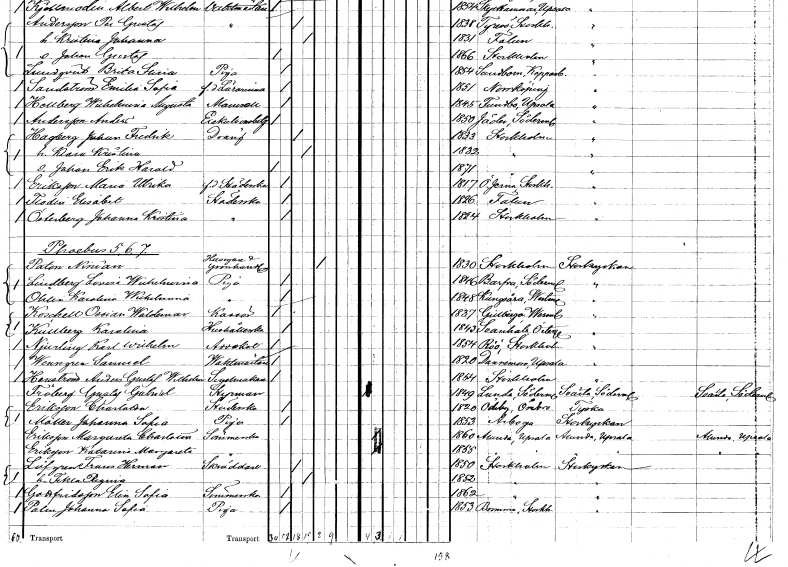
gt_parse: households: individuals: FN: Johan Fredrik
EN: Hagberg
YRKE: Dräng
KON: M
CIV: G
FODAR: 1833
FODFORS: Stockholm
FN: Klara Kristina
KON: K
CIV: G
FODAR: 1832
FODFORS: Stockholm
FN: Johan Erik Harald
KON: M
CIV: O
FODAR: 1871
FODFORS: Stockholm
FN: Maria Ulrika
EN: Eriksson
YRKE: Städerska f.d.
KON: K
CIV: O
FODAR: 1817
FODFORS: Överjärna Stockholms län
FN: Elisabet
EN: Flodin
YRKE: Städerska
KON: K
CIV: O
FODAR: 1826
FODFORS: Falun Kopparbergs län
FN: Johanna Kristina
EN: Österberg
YRKE: Städerska
KON: K
CIV: O
FODAR: 1824
FODFORS: Stockholm
FN: Ninian
EN: Paton
YRKE: Husägare Grosshandlare
KON: M
CIV: E
FODAR: 1830
FODFORS: Stockholm
FN: Lovisa Wilhelmina
EN: Lindberg
YRKE: Piga
KON: K
CIV: O
FODAR: 1846
FODFORS: Barva Södermanlands län
FN: Karolina Wilhelmina
EN: Öhlin
YRKE: Piga
KON: K
CIV: O
FODAR: 1848
FODFORS: Kungsåra Västmanlands län
FN: Ossian Waldemar
EN: Koschell
YRKE: Kassör
KON: M
CIV: O
FODAR: 1837
FODFORS: Gillberga Södermanlands län
FN: Karolina
EN: Kullberg
YRKE: Hushållerska
KON: K
CIV: O
FODAR: 1843
FODFORS: Svanshals Östergötlands län
FN: Karl Wilhelm
EN: Njurling
YRKE: Advokat
KON: M
CIV: O
FODAR: 1854
FODFORS: Rö Stockholms län
FN: Samuel
EN: Wenngren
YRKE: Vaktmästare
KON: M
CIV: O
FODAR: 1820
FODFORS: Dannemora Uppsala län
FN: Anders Gustaf Wilhelm
EN: Henström
YRKE: Segelmakare
KON: M
CIV: O
FODAR: 1854
FODFORS: Stockholm
FN: Gustaf Gabriel
EN: Fröberg
YRKE: Styrman
KON: M
CIV: O
FODAR: 1849
FODFORS: Lunda Södermanlands län
FN: Charlotta
EN: Eriksson
YRKE: Städerska
KON: K
CIV: O
FODAR: 1820
FODFORS: Ödeby Örebro län
FN: Johanna Sofia
EN: Möller
YRKE: Piga
KON: K
CIV: O
FODAR: 1853
FODFORS: Arboga Västmanlands län
FN: Margareta Charlotta
EN: Eriksson
YRKE: Sömmerska
KON: K
CIV: O
FODAR: 1860
FODFORS: Alunda Uppsala län
FN: Katarina Margareta
EN: Eriksson
YRKE: Sömmerska
KON: K
CIV: O
FODAR: 1855
FODFORS: Alunda Uppsala län
FN: Frans Herman
EN: Löfgren
YRKE: Skräddare
KON: M
CIV: G
FODAR: 1850
FODFORS: Stockholm
FN: Tekla Regina
KON: K
CIV: G
FODAR: 1852
FODFORS: Stockholm
FN: Elin Sofia
EN: Gottfridsson
YRKE: Sömmerska
KON: K
CIV: O
FODAR: 1862
FODFORS: Stockholm
FN: Johanna Sofia
EN: Palm
YRKE: Piga
KON: K
CIV: O
FODAR: 1853
FODFORS: Bromma Stockholms län